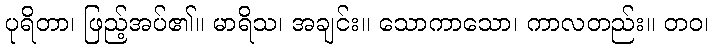
ပုရိတာ၊ ဖြည့်အပ်၏။ မာရိသ၊ အချင်း။ သောကာသော၊ ကာလတည်း။ တဝ၊